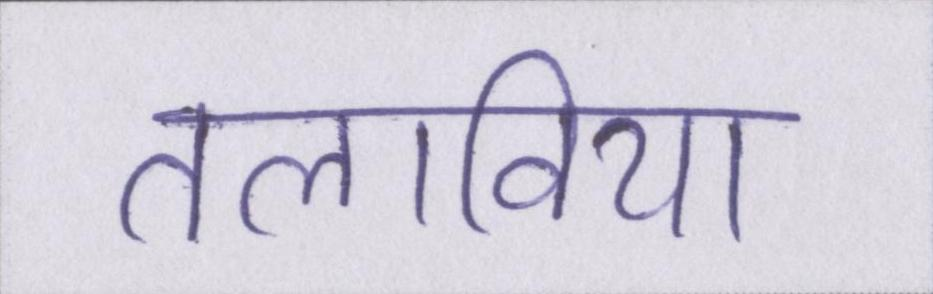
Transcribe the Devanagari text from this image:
तलाविया